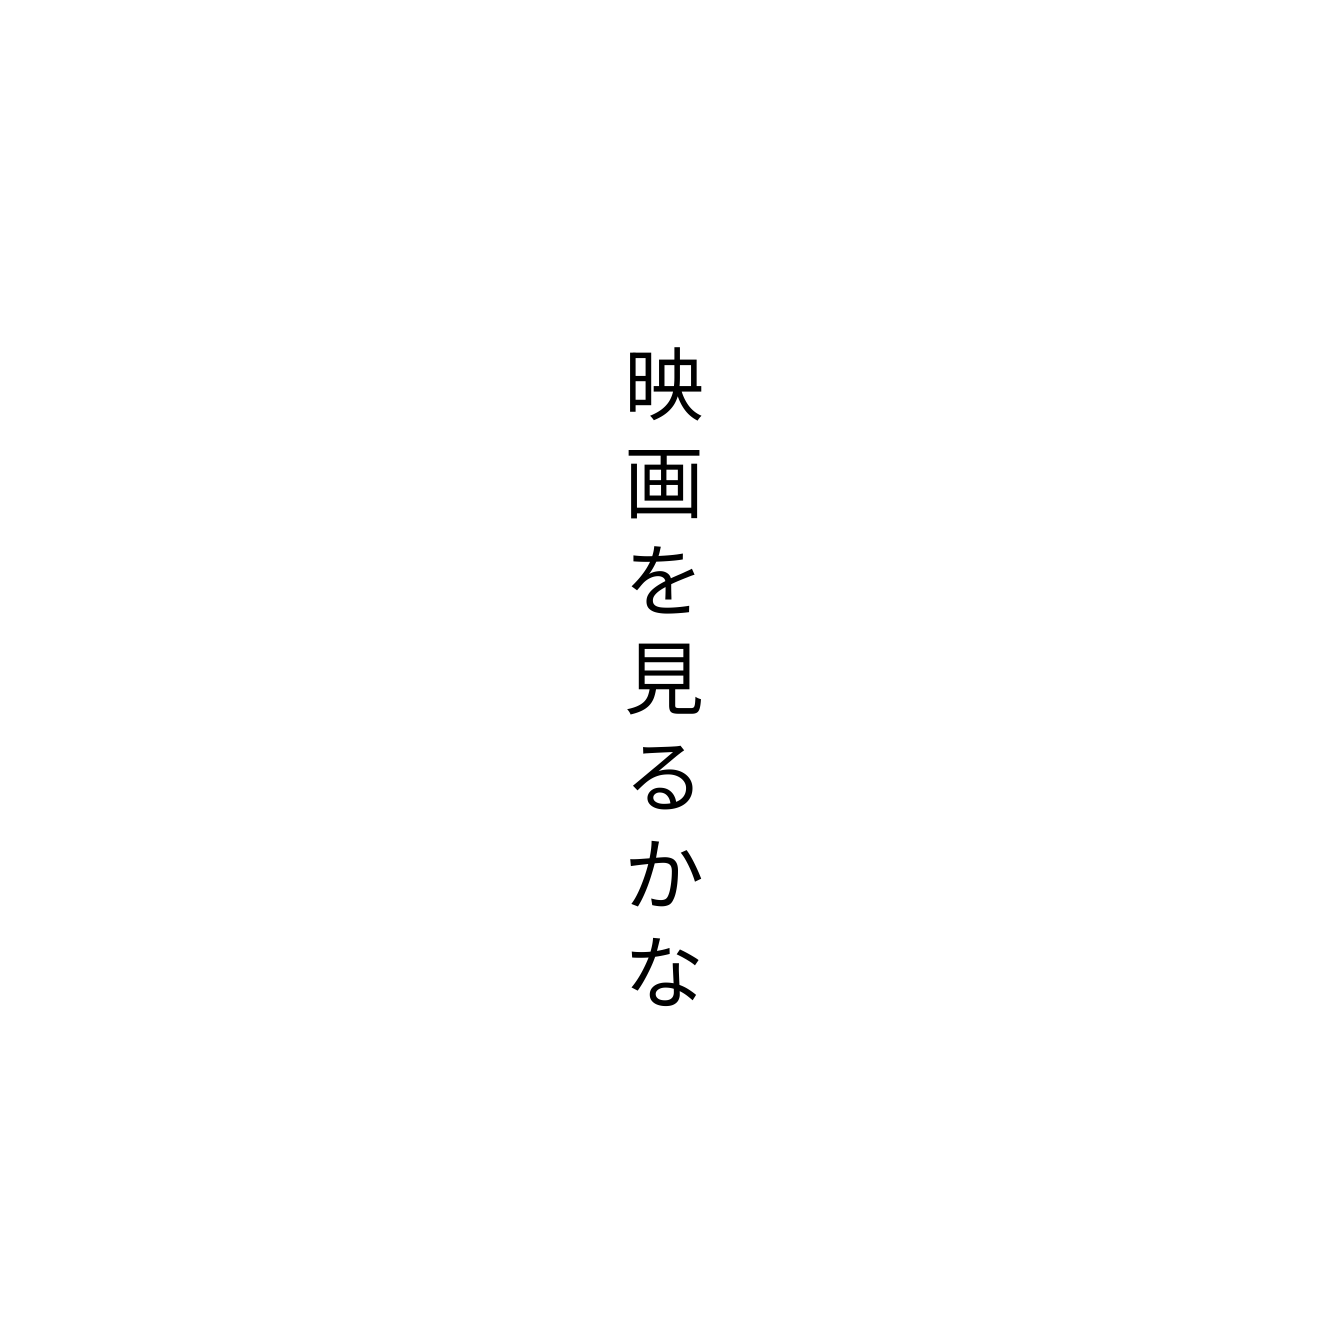
映画を見るかな